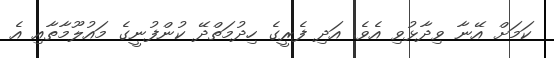
ކަމަށް އޭނާ ވިދާޅުވި އެވެ. އަދި ފެރީގެ ހިދުމަތްދޭ ކުންފުނީގެ މައުލޫމާތާއި އެ